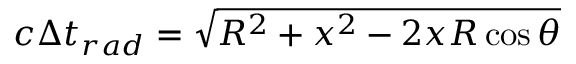
c \Delta t _ { r a d } = \sqrt { R ^ { 2 } + x ^ { 2 } - 2 x R \cos { \theta } }